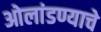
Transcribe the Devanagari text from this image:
ओलांडण्याचे